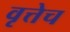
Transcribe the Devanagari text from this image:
वृत्तेच